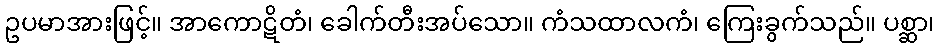
ဥပမာအားဖြင့်။ အာကောဋိတံ၊ ခေါက်တီးအပ်သော။ ကံသထာလကံ၊ ကြေးခွက်သည်။ ပစ္ဆာ၊